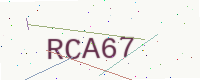
Text: RCA67